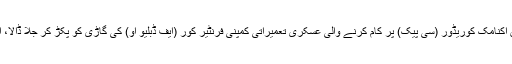
1 نومبر پیر کے روزدشت کنچتی کراس پر سرمچاروں نے چین پاکستان اکنامک کوریڈور (سی پیک) پر کام کرنے والی عسکری تعمیراتی کمپنی فرنٹیر کور (ایف ڈبلیو او) کی گاڑی کو پکڑ کر جلا ڈالا، اور ڈرائیور کوبلوچ مزدور ہونے کی وجہ سے تنبیہ کرکے چھوڑدیا گیا۔